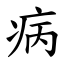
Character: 病